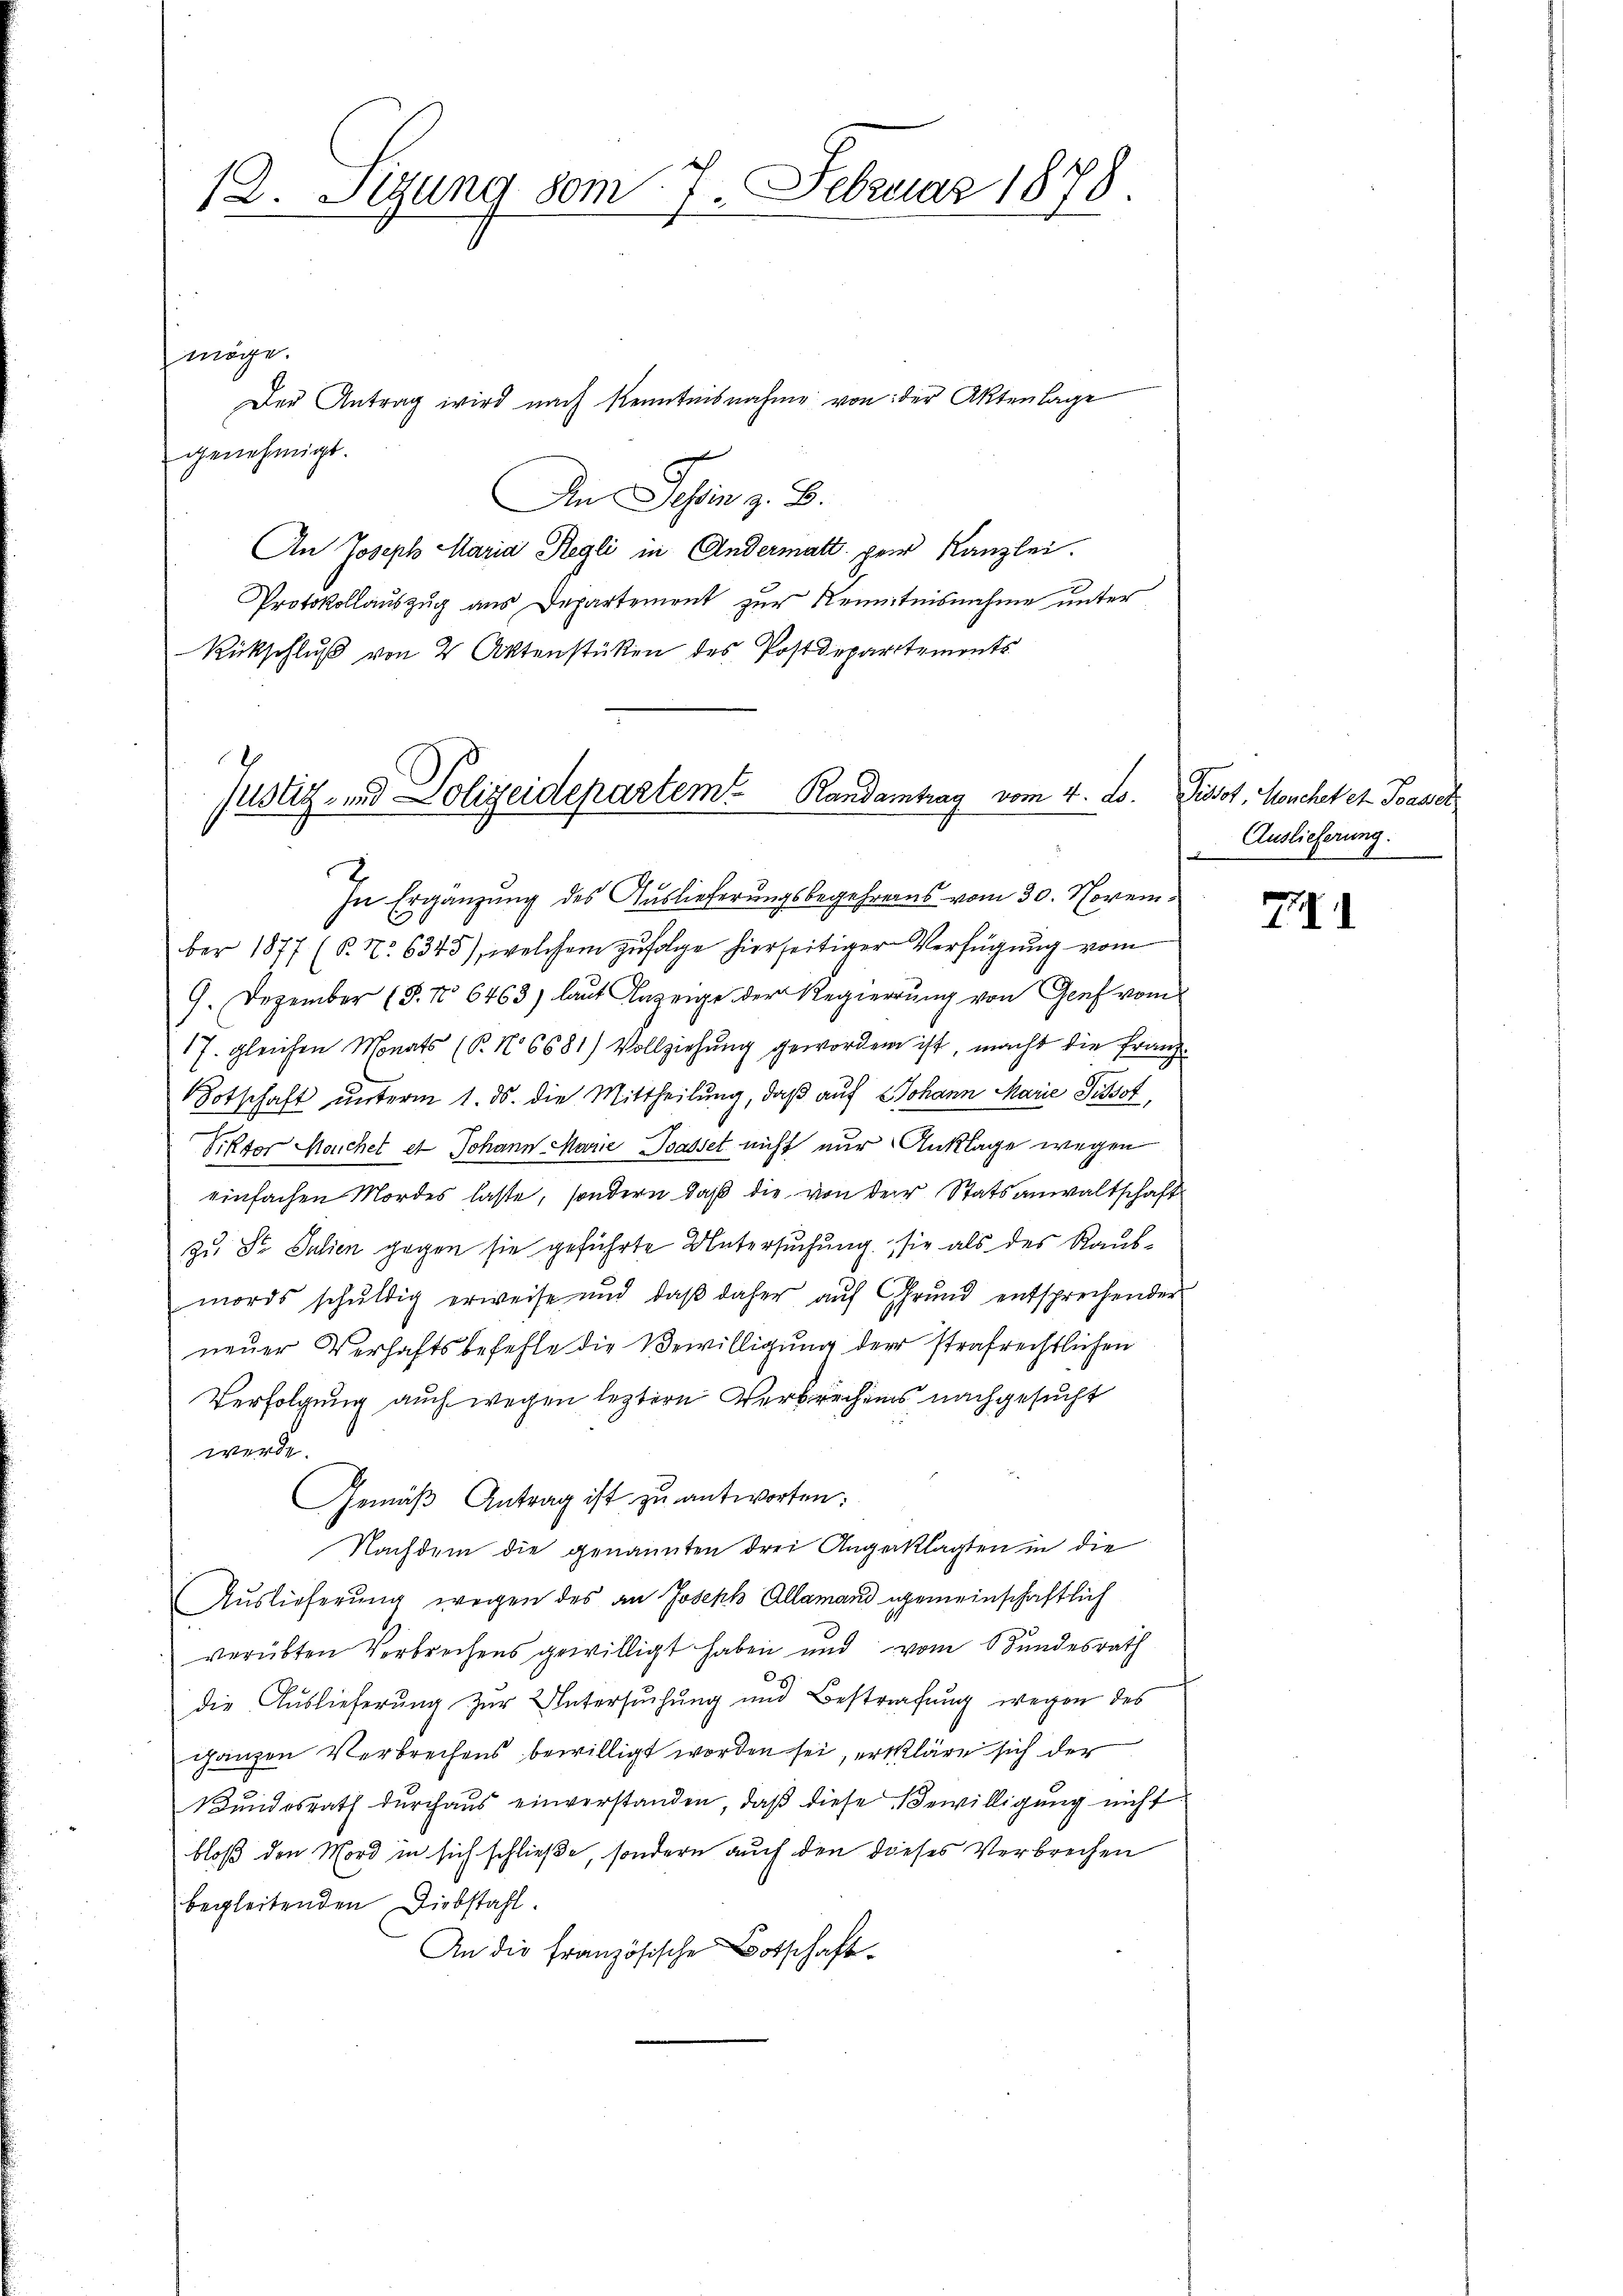
12. Segung vom 7. Februar 1878.

möge.
genehmigt.
An Tessin z. B.
An Joseph Maria Regli in Andermatt per Kanzlei.
Protokollauszug aus Departement zur Kenntnisnehme unter
Rückschlŭβ von 2 Aktenstücken des Postdepartements

Der Antrag wird nach Kenntnisnahme von der Aktenlage

Justiz- und Polizeidepartem Randamtrag vom 4. ds.

In Ergänzung des Auslieferungsbegehrens vom 30. November 1877 (P. Nr. 6345), welchem zufolge hierseitiger Verfügung vom
9. Dezember (T. No 6463) laut Anzeige der Regierung von Genf vom
17. gleichen Monats (T. No 6681) Vollziehŭng geworden ist, macht die Franz-
Botschaft unterm 1. ds. die Mittheilung, daß auf Johann Marie Pissot,
Viktor Manchet et Johann Marie Tasset nicht nur Anklage wegen
einfachen Mordes lasse, sondern daß die von der Statsanwaltschaft
zu Dr. Julien gegen sie geführte Untersuchung, sie als des Raubmords schuldig erweise und daβ daher aŭf Grund entsprechender
neŭer Verhaftsbefehle die Bewilligung der strafrechtlichen
Verfolgung auch wegen leztere Verbrechens nachgesucht
werde.
Gemäß Antrag ist zu antworten:
Nachdem die genannten drei Angeklagten in die
Auslieferung wegen des an Joseph Allamand gemeinschaftlich
verübten Verbrechens gewilligt haben und vom Bundesrath
die Auslieferung zur Untersuchung und Bestrafung wegen des
ganzen Verbrechens bewilligt worden sei, erkläre sich der
Bundesrath durchaus einverstanden, daß diese Bewilligung nicht
bloß den Mord in sich schließe, sondern auch den dieses Verbrechen
begleitenden Diebstahl.
An die französische Botschaft¬

Pissot, Mönchet et. Basel
Auslieferung.

7